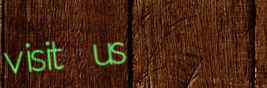
visit us